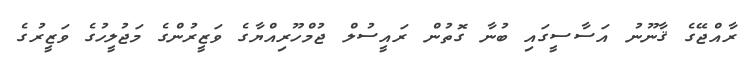
ރާއްޖޭގެ ޤާނޫނު އަސާސީގައި ބުނާ ގޮތުން ރައީސުލް ޖުމްހޫރިއްޔާގެ ވަޒީރުންގެ މަޖުލީހުގެ ވަޒީރުގެ